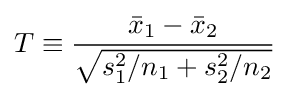
T\equiv {{\bar {x}}_{1}-{\bar {x}}_{2} \over {\sqrt {s_{1}^{2}/n_{1}+s_{2}^{2}/n_{2}}}}